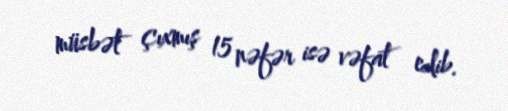
müsbət çıxmış 15 nəfər isə vəfat edib.